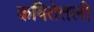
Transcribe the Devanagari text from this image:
कवितेतली